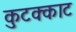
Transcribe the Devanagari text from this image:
कुटक्काट